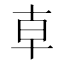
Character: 𠦝